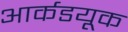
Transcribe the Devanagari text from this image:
आर्कडयूक